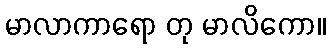
မာလာကာရော တု မာလိကော။